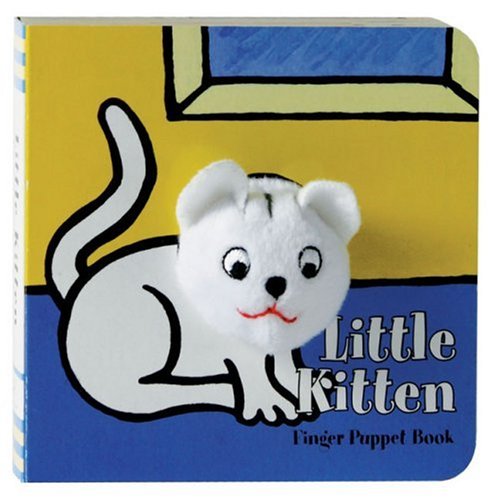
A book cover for Little Kitten: Finger Puppet Book (Little Finger Puppet Board Books); Chronicle Books; Children's Books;